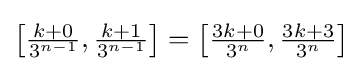
{\textstyle \left[{\frac {k+0}{3^{n-1}}},{\frac {k+1}{3^{n-1}}}\right]=\left[{\frac {3k+0}{3^{n}}},{\frac {3k+3}{3^{n}}}\right]}